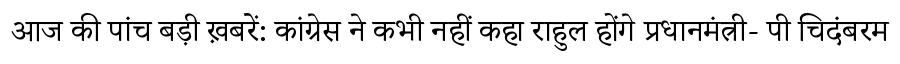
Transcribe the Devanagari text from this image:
आज की पांच बड़ी ख़बरें: कांग्रेस ने कभी नहीं कहा राहुल होंगे प्रधानमंत्री- पी चिदंबरम